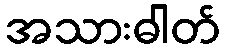
အသားဓါတ်